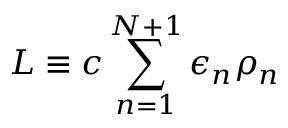
\! \! \! \! \! L \equiv c \sum _ { n = 1 } ^ { N + 1 } \epsilon _ { n } \rho _ { n }